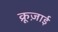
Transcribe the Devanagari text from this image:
क्रूज़ाई